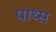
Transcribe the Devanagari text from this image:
पाथ्स